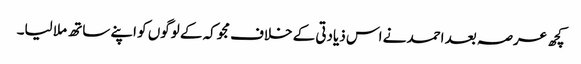
کچھ عرصہ بعد احمد نے اس ذیادتی کے خلاف مجوکہ کے لوگوں کو اپنے ساتھ ملا لیا۔